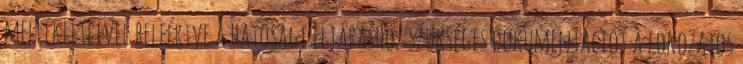
mellékleteivel beleértve a hatósági eljáráshoz szükséges dokumentációt a fokozatos